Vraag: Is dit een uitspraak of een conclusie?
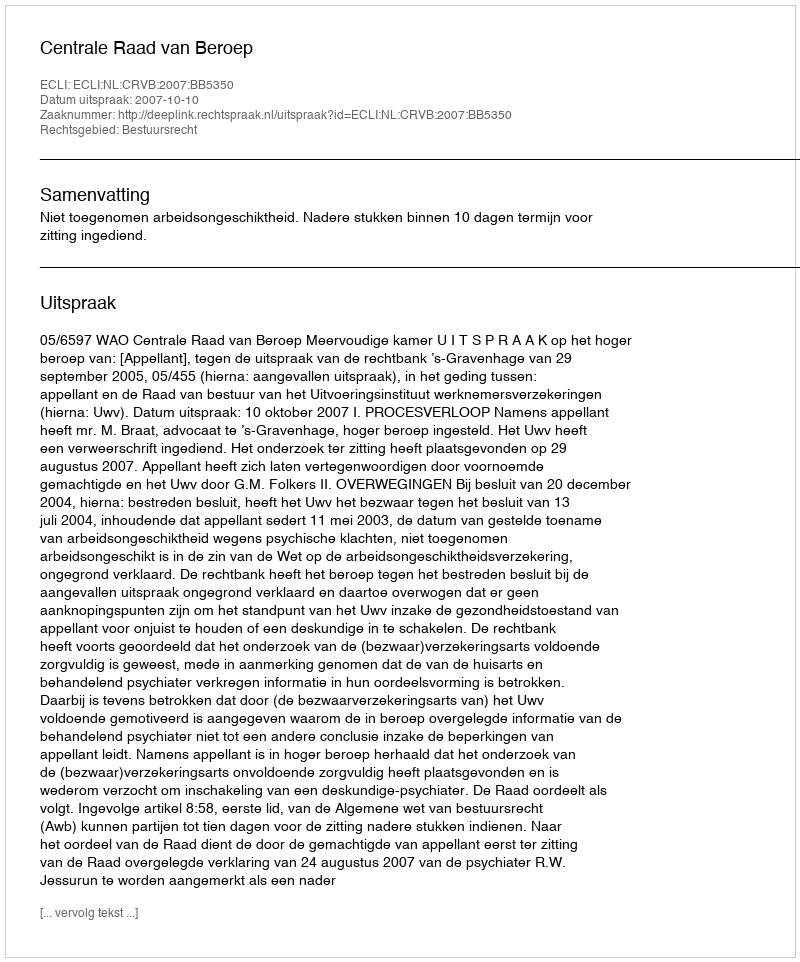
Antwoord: Uitspraak